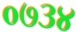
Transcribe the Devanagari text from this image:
०७३४